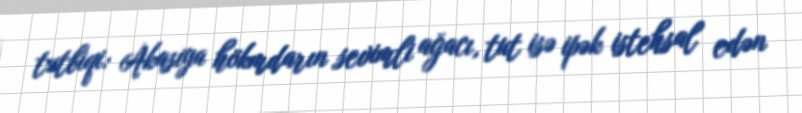
tətbiqi: Akasiya hökmdarın sevimli ağacı, tut isə ipək istehsal edən